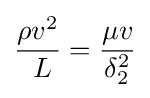
{\rho v^{2} \over \ L}={\mu v \over \delta _{2}^{2}}